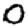
Digit: 0